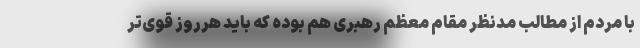
با مردم از مطالب مدنظر مقام معظم رهبری هم بوده که باید هرروز قوی‌تر